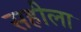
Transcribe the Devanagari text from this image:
सहीला